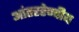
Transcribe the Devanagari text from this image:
आंतररेण्वीय